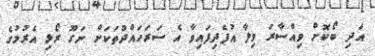
އަދި ބޯކޮށް ވިއްސާރަ ވިލާ އުފެދިފައިވާ އެ ސަރަހައްދުތަކަށް ނަގޫ ރޯޅި އެރުމުގެ